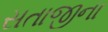
સતાજીના